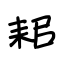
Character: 耜